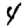
Digit: 4